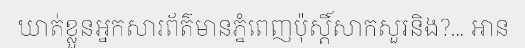
ឃាត់ខ្លួនអ្នកសារព័ត៌មានភ្នំពេញប៉ុស្តិ៍សាកសួរនិង?... អាន